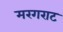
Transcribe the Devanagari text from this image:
मरगराट